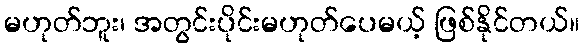
မဟုတ်ဘူး၊ အတွင်းပိုင်းမဟုတ်ပေမယ့် ဖြစ်နိုင်တယ်။